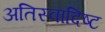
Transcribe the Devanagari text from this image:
अतिस्‍वादिष्‍ट